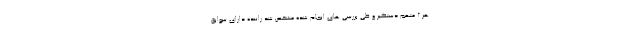
هر ۲ متهم دستگیر و طی بررسی های انجام شده مشخص شد راننده دارای سوابق